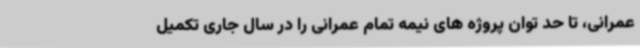
عمرانی، تا حد توان پروژه های نیمه تمام عمرانی را در سال جاری تکمیل